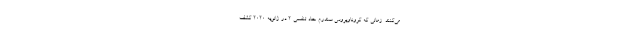
می‌کنند. زمانی که کروناویروس سندرم حاد تنفسی ۲ در ژانویه ۲۰۲۰ کشف